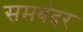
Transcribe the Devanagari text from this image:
समबंदर